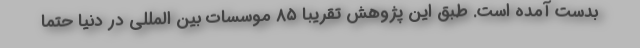
بدست آمده است. طبق این پژوهش تقریبا ۸۵ موسسات بین المللی در دنیا حتما